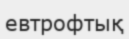
евтрофтық